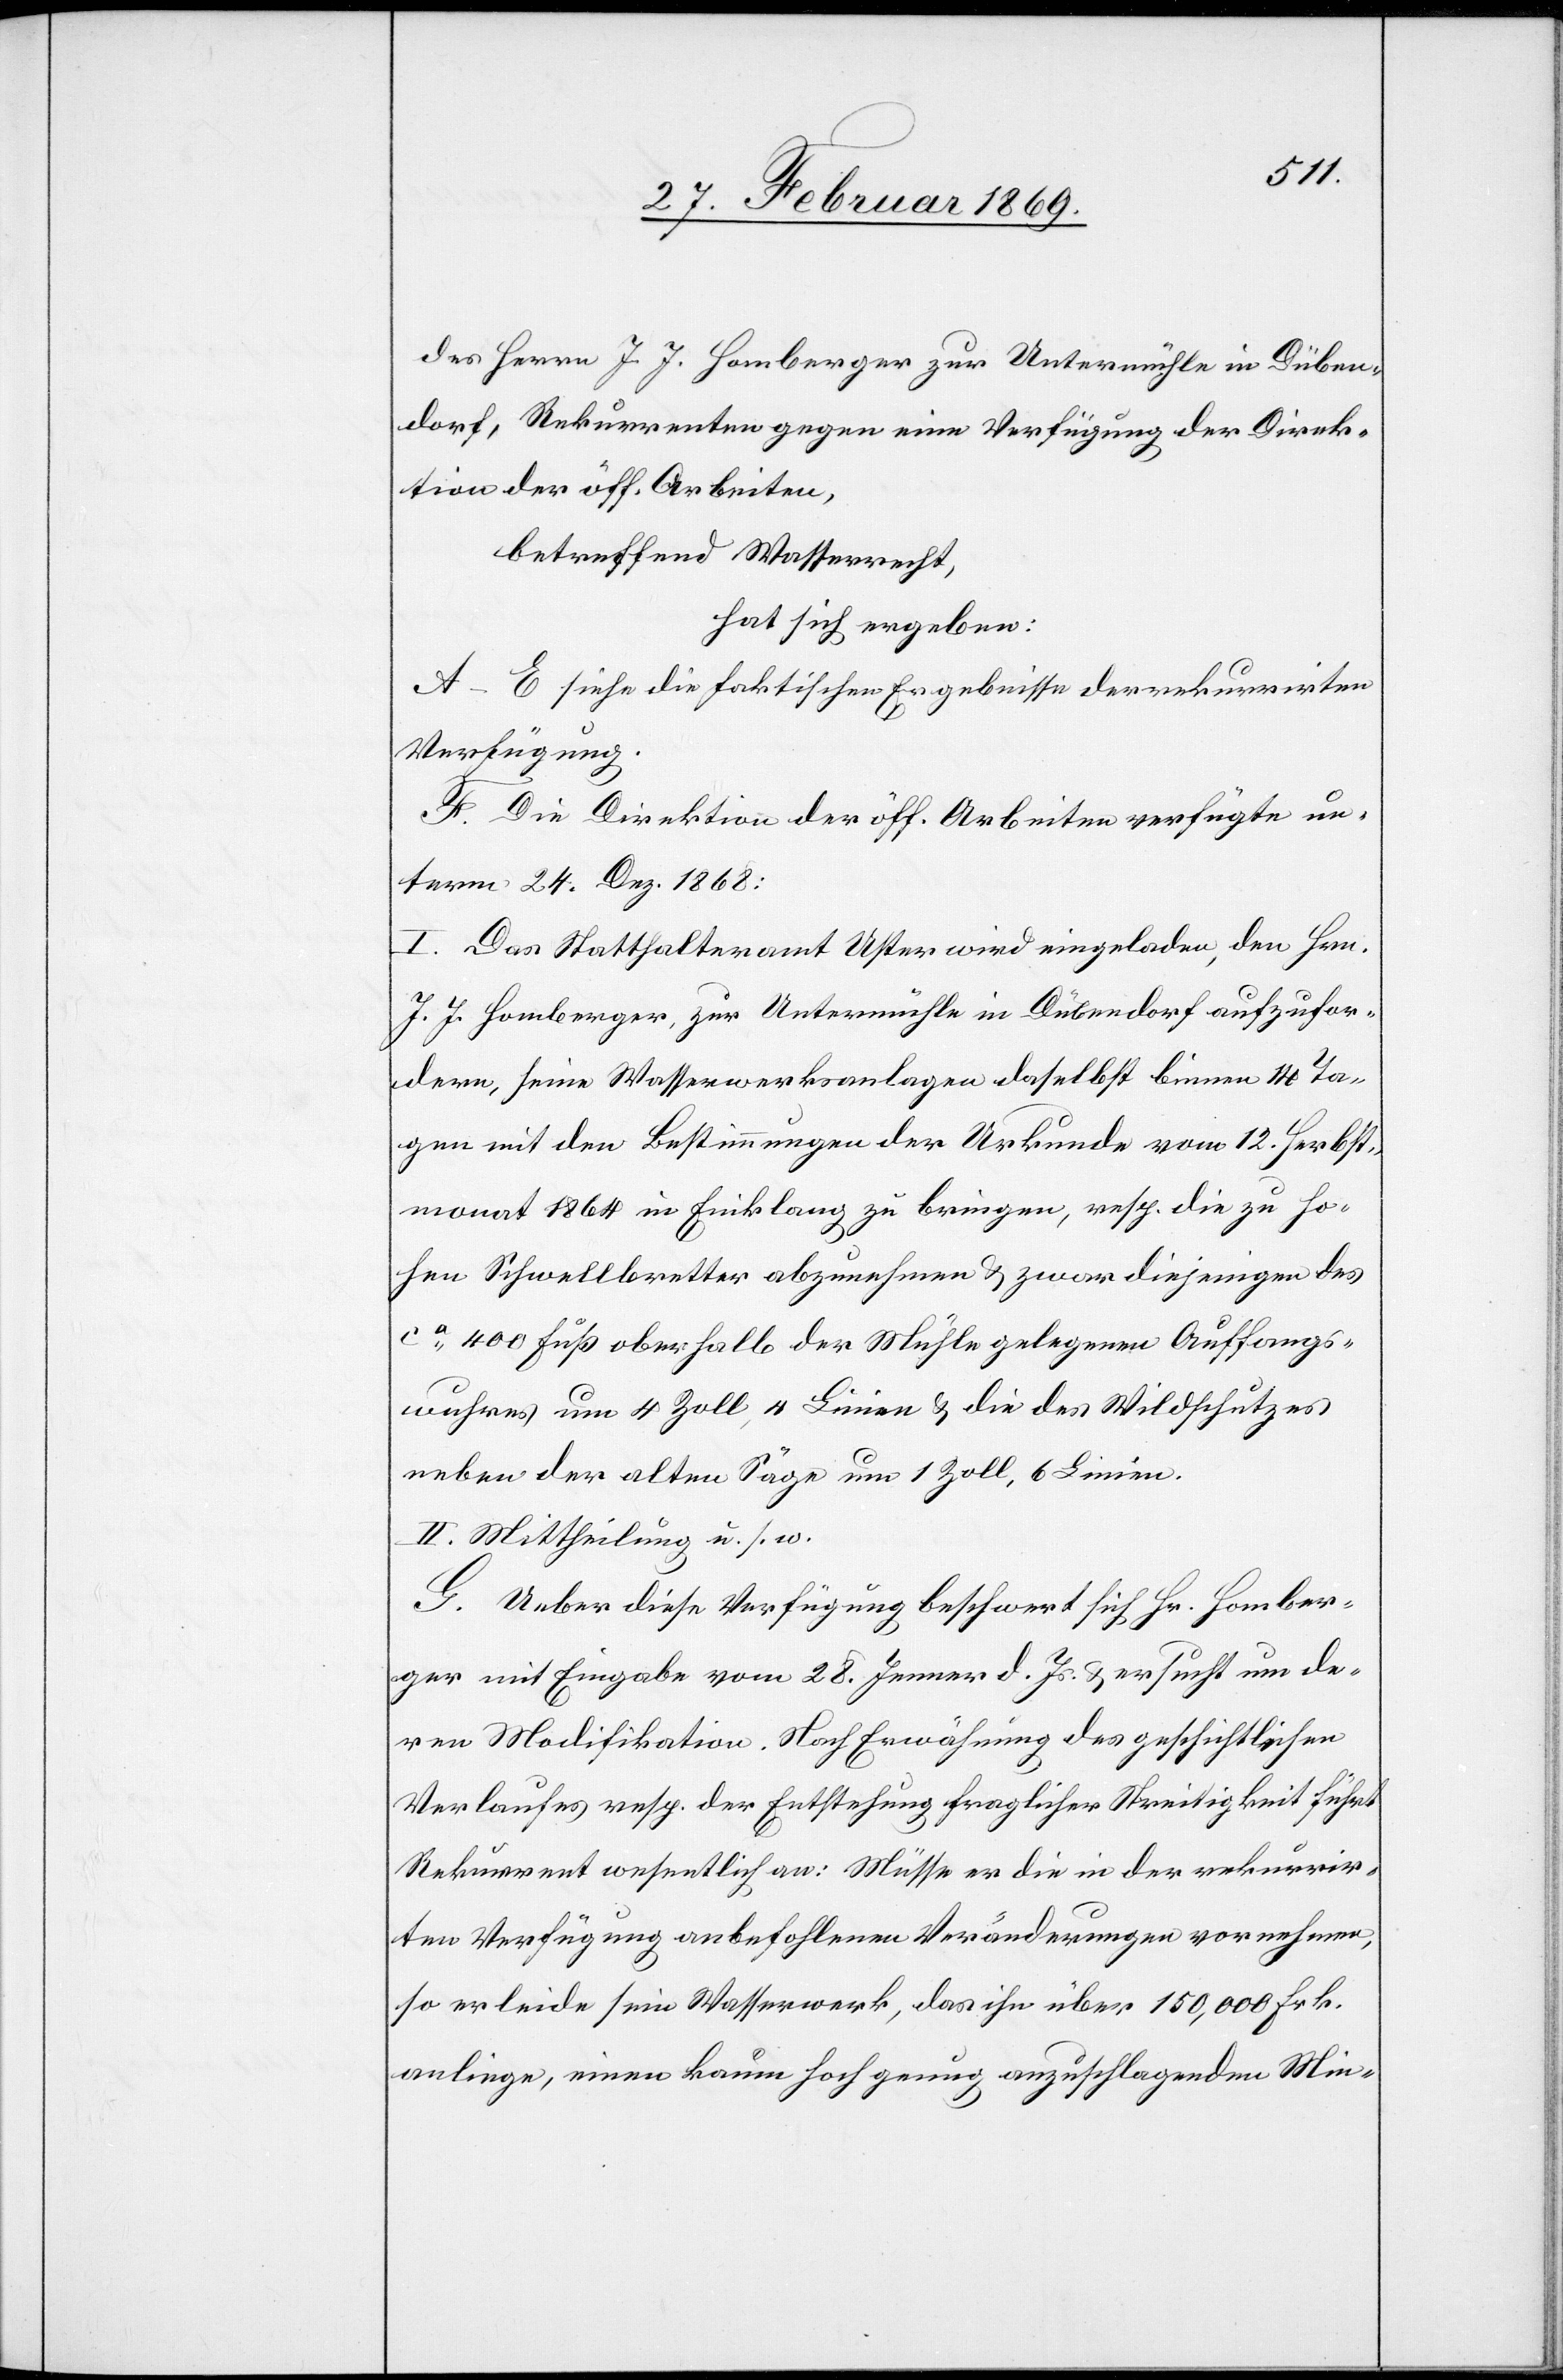
des Herrn J. J. Homberger zur Untermühle in Düben¬
dorf, Rekurrenten gegen eine Verfügung der Direk¬
tion der öff. Arbeiten,
betreffend Wasserrecht,
hat sich ergeben:
A–E. siehe die faktischen Ergebnisses der rekurrirten
Verfügung.
F. Die Direktion der öff. Arbeiten verfügte un¬
term 24. Dez. 1868:
I. Das Statthalteramt Uster wird eingeladen, den Hrn.
J. J. Homberger, zur Untermühle in Dübendorf aufzufor¬
dern, seine Wasserwerksanlagen daselbst binnen 14 Ta¬
gen mit den Bestimmungen der Urkunde vom 12. Herbst¬
monat 1864 in Einklang zu bringen, resp. die zu ho¬
hen Schwellbretter abzunehmen, & zwar diejenigen des
ca 400 Fuß oberhalb der Mühle gelegenen Auffangs¬
wuhres um 4 Zoll, 4 Linien & die des Wildschutzes
neben der alten Säge um 1 Zoll, 6 Linien.
G. Ueber diese Verfügung beschwert sich Hr. Homber¬
ger mit Eingabe vom 28. Jenner d. Js. & ersucht um de¬
ren Modifikation. Nach Erwähnung des geschichtlichen
Verlaufes resp. der Entstehung fraglicher Streitigkeit führt
Rekurrent wesentlich an: Müsse er die in der rekurrir¬
ten Verfügung anbefohlenen Veränderungen vornehmen,
so erleide sein Wasserwerk, das ihn über 150,000 Frk.
anliege, einen kaum hoch genug anzuschlagenden Min-